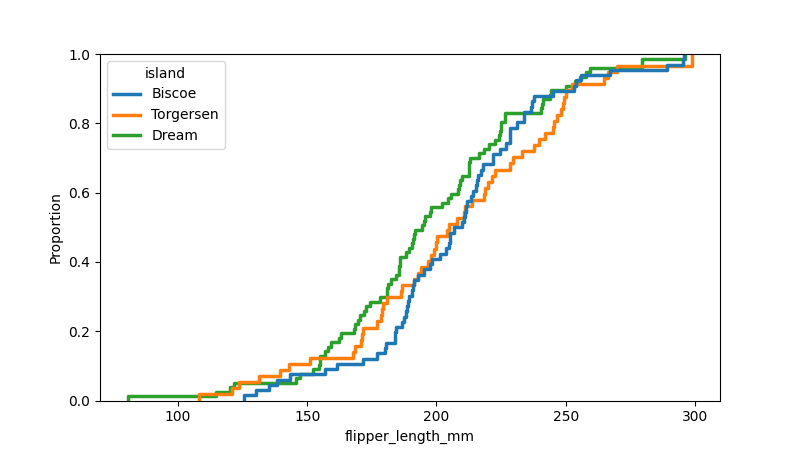
python, seaborn, ecdfplot, column='flipper_length_mm', hue='island', stat='proportion', linewidth=2.5